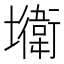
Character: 𡓎